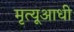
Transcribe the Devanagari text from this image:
मृत्यूआधी